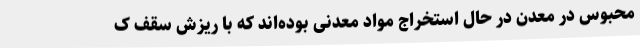
محبوس در معدن در حال استخراج مواد معدنی بوده‌اند که با ریزش سقف ک